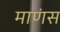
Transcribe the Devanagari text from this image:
माणंस